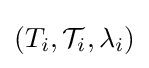
(T_{i},{\mathcal {T}}_{i},\lambda _{i})